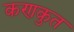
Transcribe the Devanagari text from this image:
कणकुत